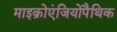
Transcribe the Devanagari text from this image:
माइक्रोएंजियोपैथिक